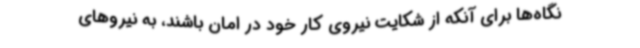
نگاه‌ها برای آنکه از شکایت نیروی کار خود در امان باشند، به نیروهای